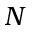
N